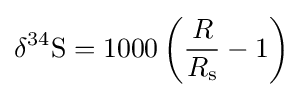
\delta {}^{34}\mathrm {S} =1000\left({\frac {R}{R_{\mathrm {s} }}}-1\right)